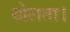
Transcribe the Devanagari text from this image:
खेलता।